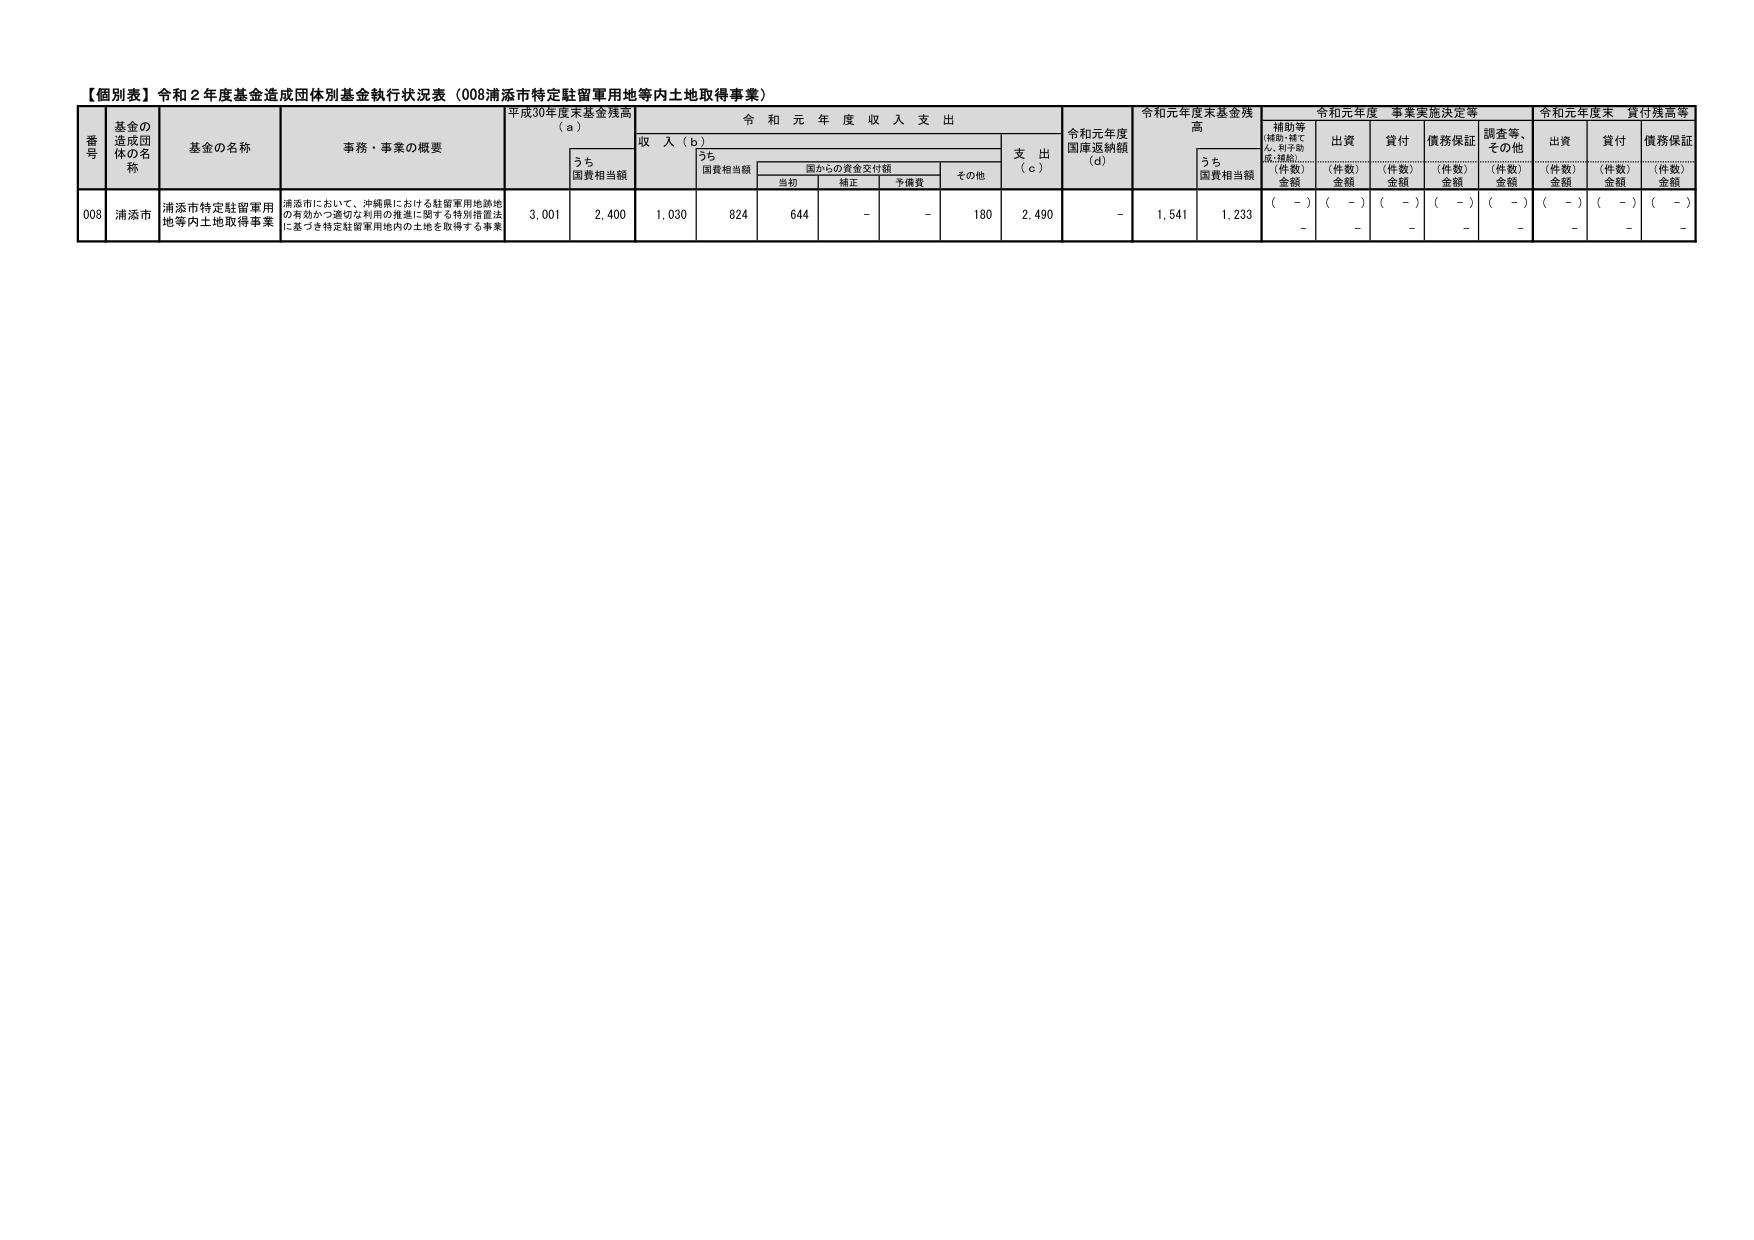
【個別表】令和２年度基金造成団体別基金執行状況表（008浦添市特定駐留軍用地等内土地取得事業）

番号 基金の造成団体の名称 基金の名称 事務・事業の概要 平成30年度末基金残高（a） 令和元年度収入支出 令和元年度国庫返納額（d） 令和元年度末基金残高 令和元年度事業実施決定等 令和元年度末貸付残高等

うち 国費相当額 収入（b） うち 国費相当額 国からの資金交付額 支出（c） うち 国費相当額 補助等（補助・貸付・利子助成・補助） 出資 貸付 債務保証 調査等、その他 出資 貸付 債務保証

当初 補正 予備費 その他 （件数）金額 （件数）金額 （件数）金額 （件数）金額 （件数）金額 （件数）金額 （件数）金額

008 浦添市 浦添市特定駐留軍用地等内土地取得事業 浦添市において、沖縄県における駐留軍用地跡地の有効かつ適切な利用の推進に関する特別措置法に基づき特定駐留軍用地内の土地を取得する事業 3,001 2,400 1,030 824 644 - - 180 2,490 - 1,541 1,233 （ - ） （ - ） （ - ） （ - ） （ - ） （ - ） （ - ） - - - - - - -